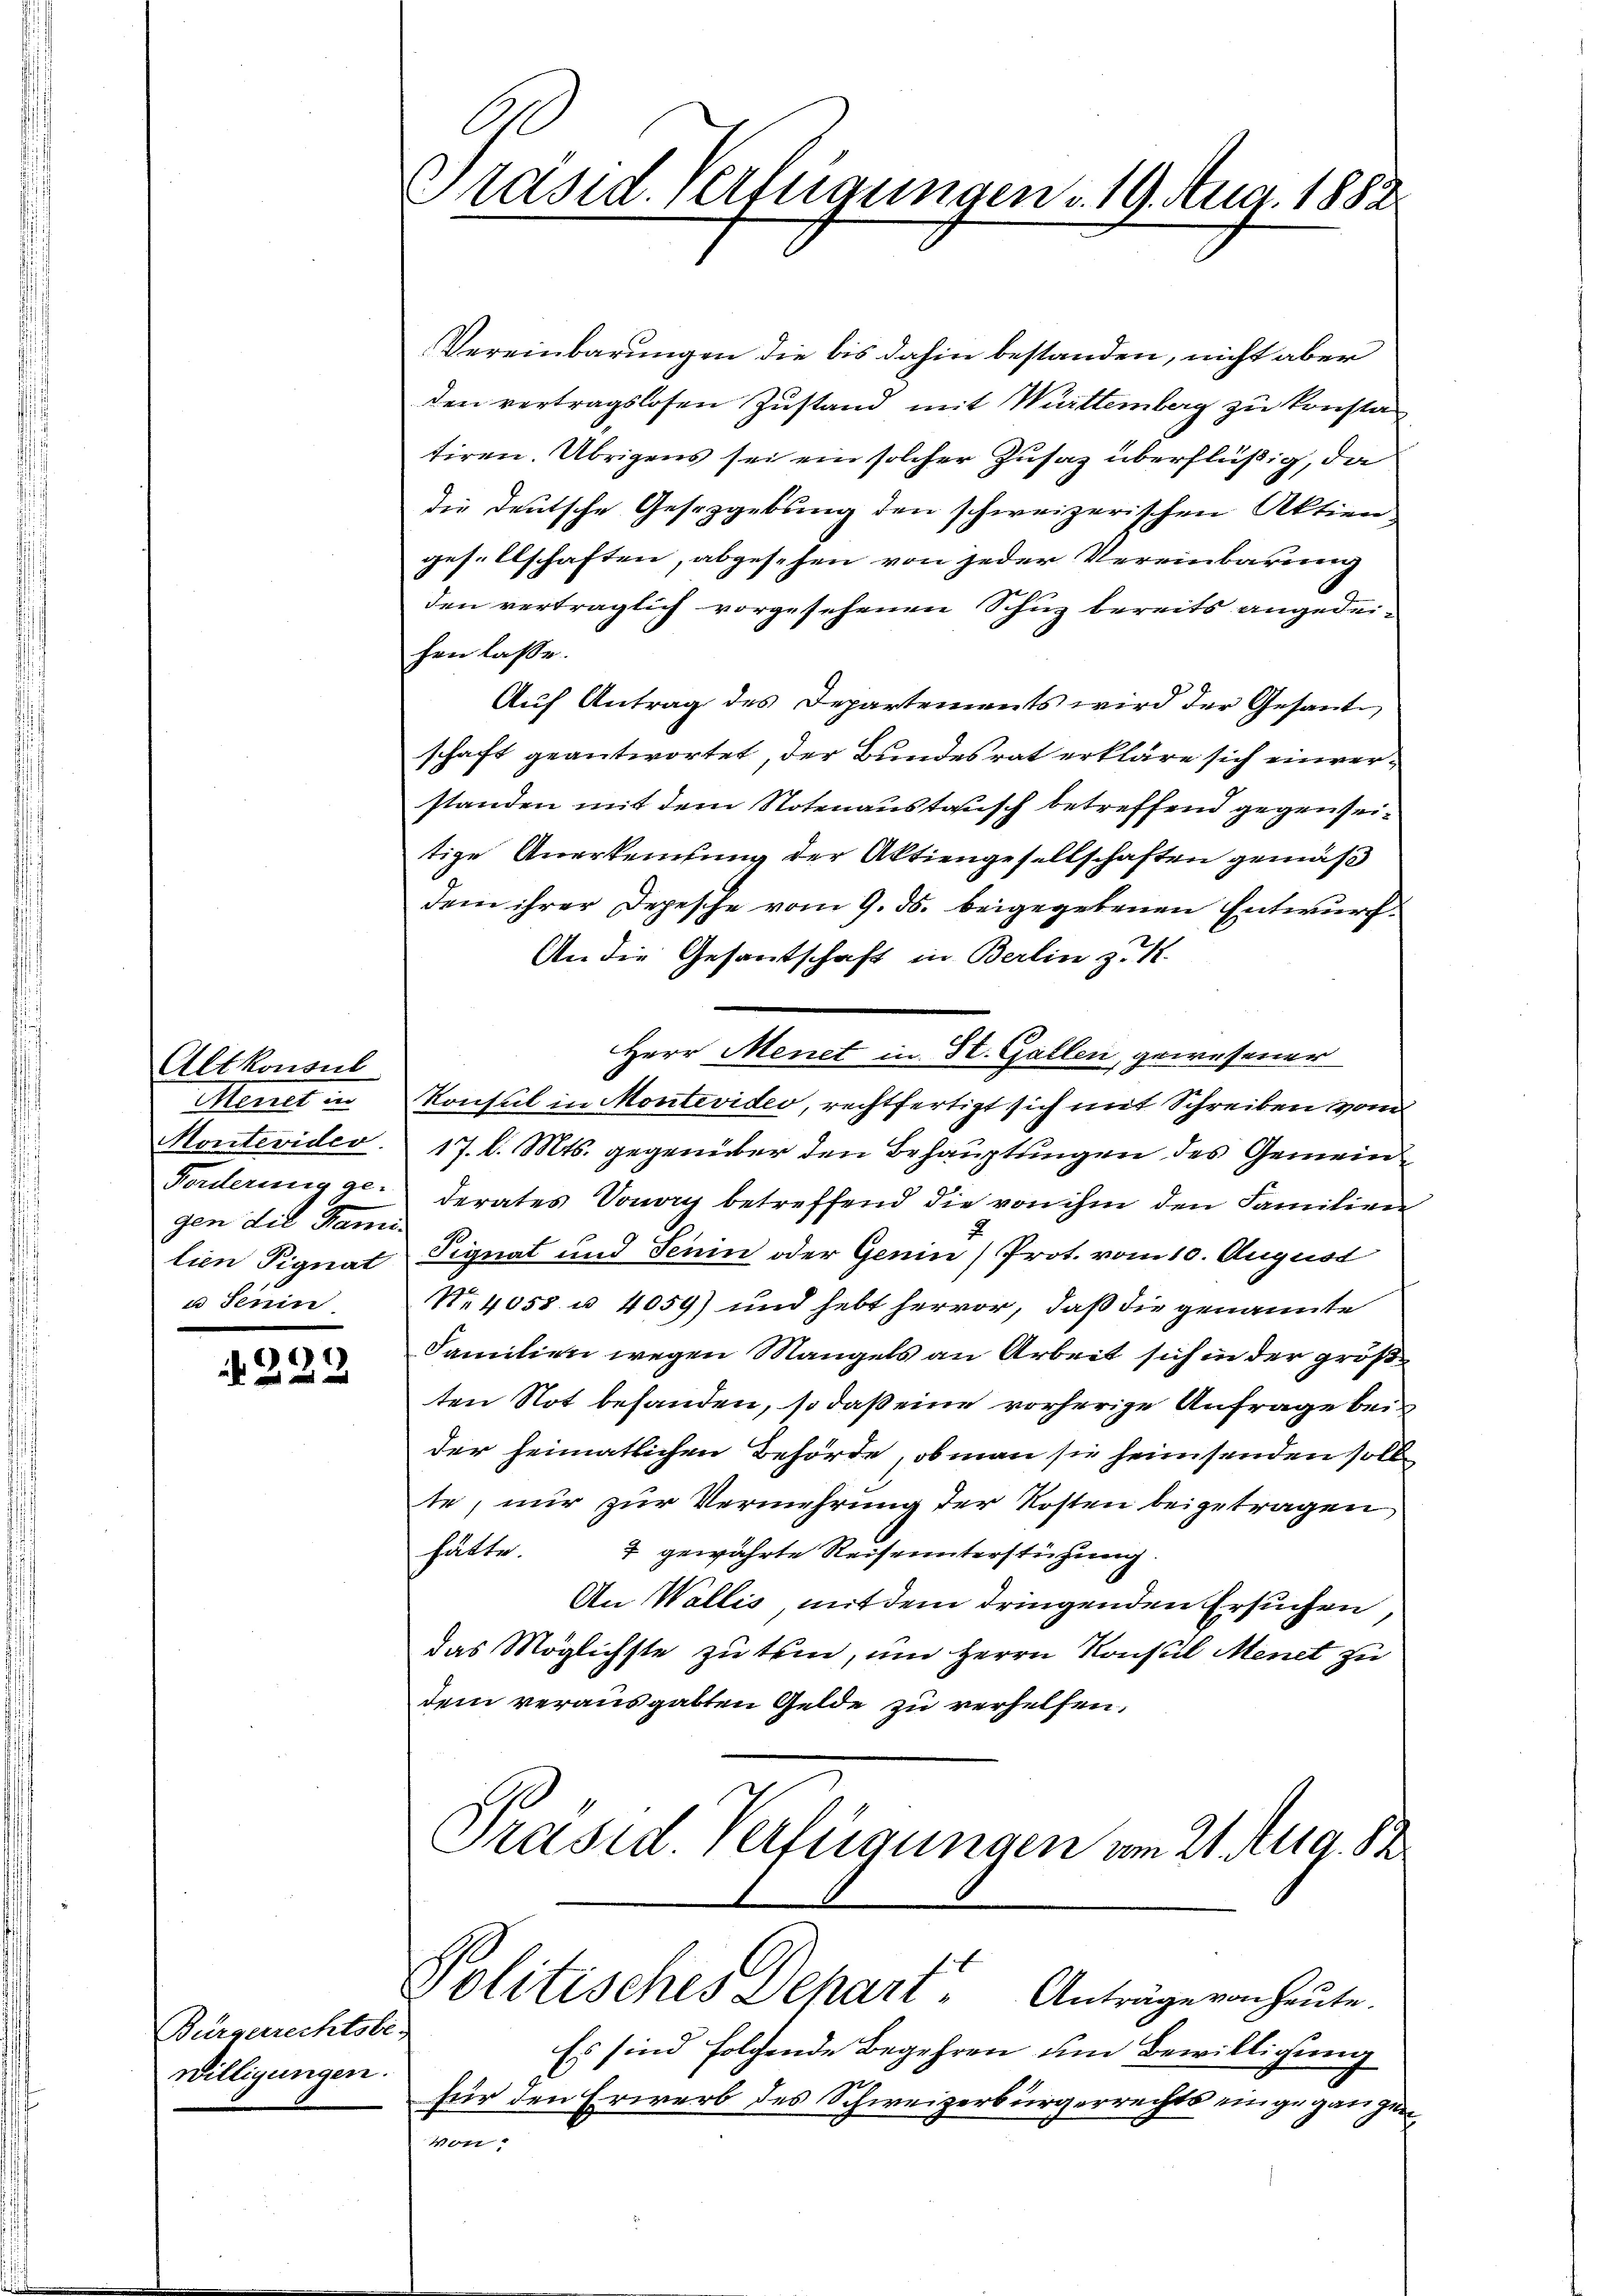
Altkonsul
Menet in
Montevider.
gen die Dami
a Serin

6)
N 222

Bürgerrechtsbe-
Willigungen.

C
Präsid. Verfügungen v. 19. Aug. 1882

Vereinbarungen die bis dahin bestanden, nicht aber
den vertragslosen Zustand mit Württemberg zu konstan
tiren. Übrigens sei ein solcher Zusaz überflüßig, da
die deutsche Gesetzgebung den schweizerischen Aktiengesellschaften, abgesehen von jeder Vereinbarung
den vertraglich vorgesehenen Schuz bereits angedei-
hen lasse.
Auf Antrag des Departements wird der Gesant
schaft geantwortet, der Bundesrat erkläre sich einverstanden mit dem Notenaustausch betreffend gegenseitige Anerkennung der Aktiengesellschaften gemäß
dem ihrer Depesche vom 9. ds. beigegebenen Entwurf.
An die Gesantschaft in Berlin zu 1.
Herr Menet in St. Gallen, gewesener
Konsul in Montevideo, rechtfertigt sich mit Schreiben vom
17. d. Mts. gegenüber den Behauptungen des Gemein¬
Forderung ge- derates Vonay betreffend die von ihm den Familien
2
lien Pignat Pignat und Senin oder Genin) Prot. vom 10. August
No. 4058 u. 4059) und hebt hervor, daß die genannte
Familien wegen Mangels an Arbeit sich in der größten Not behanden, so daß eine vorherige Anfrage bei
der heimatlichen Behörde, ob man sie heimsenden soll
te, nur zur Vermehrung der Kosten beigetragen
hätte. I gewährte Reiseunterstühung.
An Wallis, mit dem dringenden Ersuchen,
das Möglichste zutein, um Herrn Konsul Menet zu
dem verausgabten Gelde zu verhelfen,
Präsid. Verfügungen vom 21. Aug. 82

Politisches Depart. Anträge von heute.

Es sind solchende Begehren um Bewilligung
.
für den Erwerb des Schweizerbürgerrechts eingegangen
Von